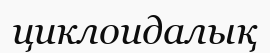
циклоидалық